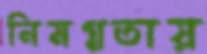
নিমগ্নতায়